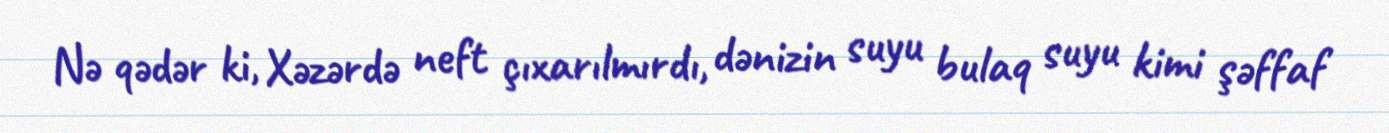
Nə qədər ki, Xəzərdə neft çıxarılmırdı, dənizin suyu bulaq suyu kimi şəffaf